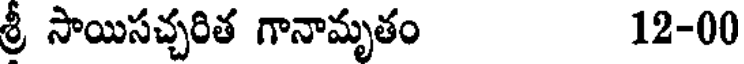
శ్రీ సాయిసచ్చరిత గానామృతం 12-00